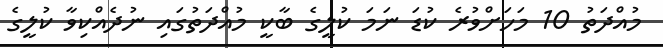
މުއްދަތު 10 މަހަށްވުރެ ކުޑަ ނަމަ ކުލީގެ ބާކީ މުއްދަތުގައި ނުދެއްކިވާ ކުލީގެ